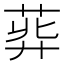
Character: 𦱭